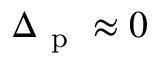
\Delta _ { \mathrm { ~ p ~ } } \approx 0